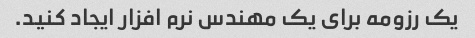
یک رزومه برای یک مهندس نرم افزار ایجاد کنید.